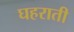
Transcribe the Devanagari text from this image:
घहराती